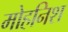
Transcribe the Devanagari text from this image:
मोहनिश